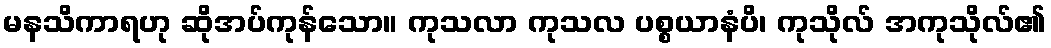
မနသိကာရဟု ဆိုအပ်ကုန်သော။ ကုသလာ ကုသလ ပစ္စယာနံပိ၊ ကုသိုလ် အကုသိုလ်၏